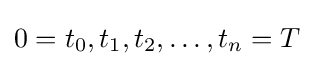
0=t_{0},t_{1},t_{2},\dots ,t_{n}=T